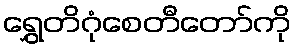
ရွှေတိဂုံစေတီတော်ကို